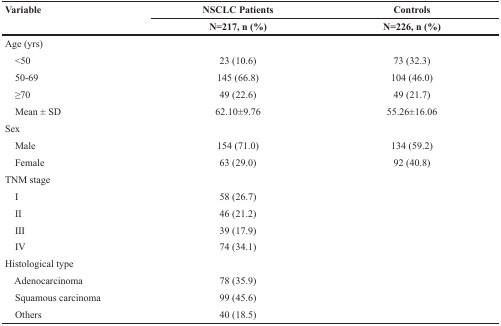
<table><thead><tr><td rowspan="2"><b>Variable</b></td><td><b>NSCLC Patients</b></td><td><b>Controls</b></td></tr><tr><td><b>N=217, n (%)</b></td><td><b>N=226, n (%)</b></td></tr></thead><tbody><tr><td colspan="3">Age (yrs)</td></tr><tr><td> &lt;50</td><td>23 (10.6)</td><td>73 (32.3)</td></tr><tr><td> 50-69</td><td>145 (66.8)</td><td>104 (46.0)</td></tr><tr><td> ≥70</td><td>49 (22.6)</td><td>49 (21.7)</td></tr><tr><td> Mean ± SD</td><td>62.10±9.76</td><td>55.26±16.06</td></tr><tr><td colspan="3">Sex</td></tr><tr><td> Male</td><td>154 (71.0)</td><td>134 (59.2)</td></tr><tr><td> Female</td><td>63 (29.0)</td><td>92 (40.8)</td></tr><tr><td colspan="3">TNM stage</td></tr><tr><td> I</td><td>58 (26.7)</td><td></td></tr><tr><td> II</td><td>46 (21.2)</td><td></td></tr><tr><td> III</td><td>39 (17.9)</td><td></td></tr><tr><td> IV</td><td>74 (34.1)</td><td></td></tr><tr><td colspan="3">Histological type</td></tr><tr><td> Adenocarcinoma</td><td>78 (35.9)</td><td></td></tr><tr><td> Squamous carcinoma</td><td>99 (45.6)</td><td></td></tr><tr><td> Others</td><td>40 (18.5)</td><td></td></tr></tbody></table>